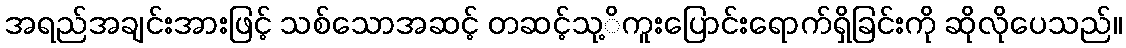
အရည်အချင်းအားဖြင့် သစ်သောအဆင့် တဆင့်သု့ိကူးပြောင်းရောက်ရှိခြင်းကို ဆိုလိုပေသည်။